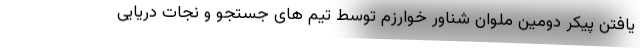
یافتن پیکر دومین ملوان شناور خوارزم توسط تیم های جستجو و نجات دریایی